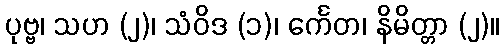
ပုဗ္ဗ၊ သဟ (၂)၊ သံဝိဒ (၁)၊ င်္ကေတ၊ နိမိတ္တာ (၂)။